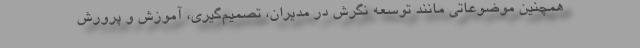
همچنين موضوعاتی مانند توسعه نگرش در مديران، تصمیم‌گيري، آموزش و پرورش